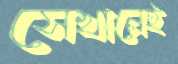
সেখানেই